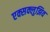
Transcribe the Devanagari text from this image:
एक्सक्लुझिव